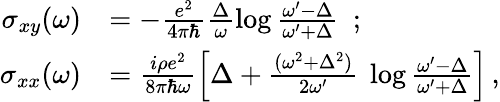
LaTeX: \begin{array}{rl}{\sigma_{xy}(\omega)}&{=-\frac{e^{2}}{4\pi\hbar}\frac{\Delta}{\omega}\log\frac{\omega^{\prime}-\Delta}{\omega^{\prime}+\Delta}\ \ ;}\\ {\sigma_{xx}(\omega)}&{=\frac{i\rho e^{2}}{8\pi\hbar\omega}\left[\Delta+\frac{(\omega^{2}+\Delta^{2})}{2\omega^{\prime}}\ \log\frac{\omega^{\prime}-\Delta}{\omega^{\prime}+\Delta}\right]\, ,}\end{array}